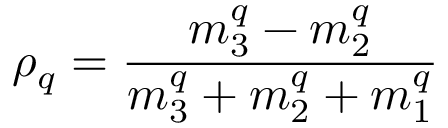
\rho _ { q } = { \frac { m _ { 3 } ^ { q } - m _ { 2 } ^ { q } } { m _ { 3 } ^ { q } + m _ { 2 } ^ { q } + m _ { 1 } ^ { q } } }